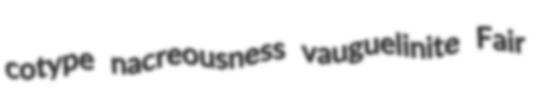
cotype nacreousness vauguelinite Fair